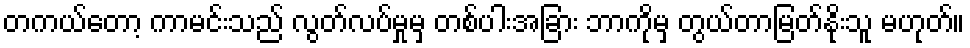
တကယ်တော့ ကာမင်းသည် လွတ်လပ်မှုမှ တစ်ပါးအခြား ဘာကိုမှ တွယ်တာမြတ်နိုးသူ မဟုတ်။